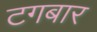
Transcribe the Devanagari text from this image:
टगबार